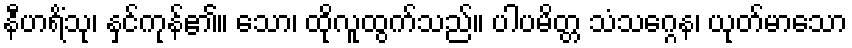
နီဟရိံသု၊ နှင်ကုန်၏။ သော၊ ထိုလူထွက်သည်။ ပါပမိတ္တ သံသဂ္ဂေန၊ ယုတ်မာသော